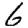
Digit: 6